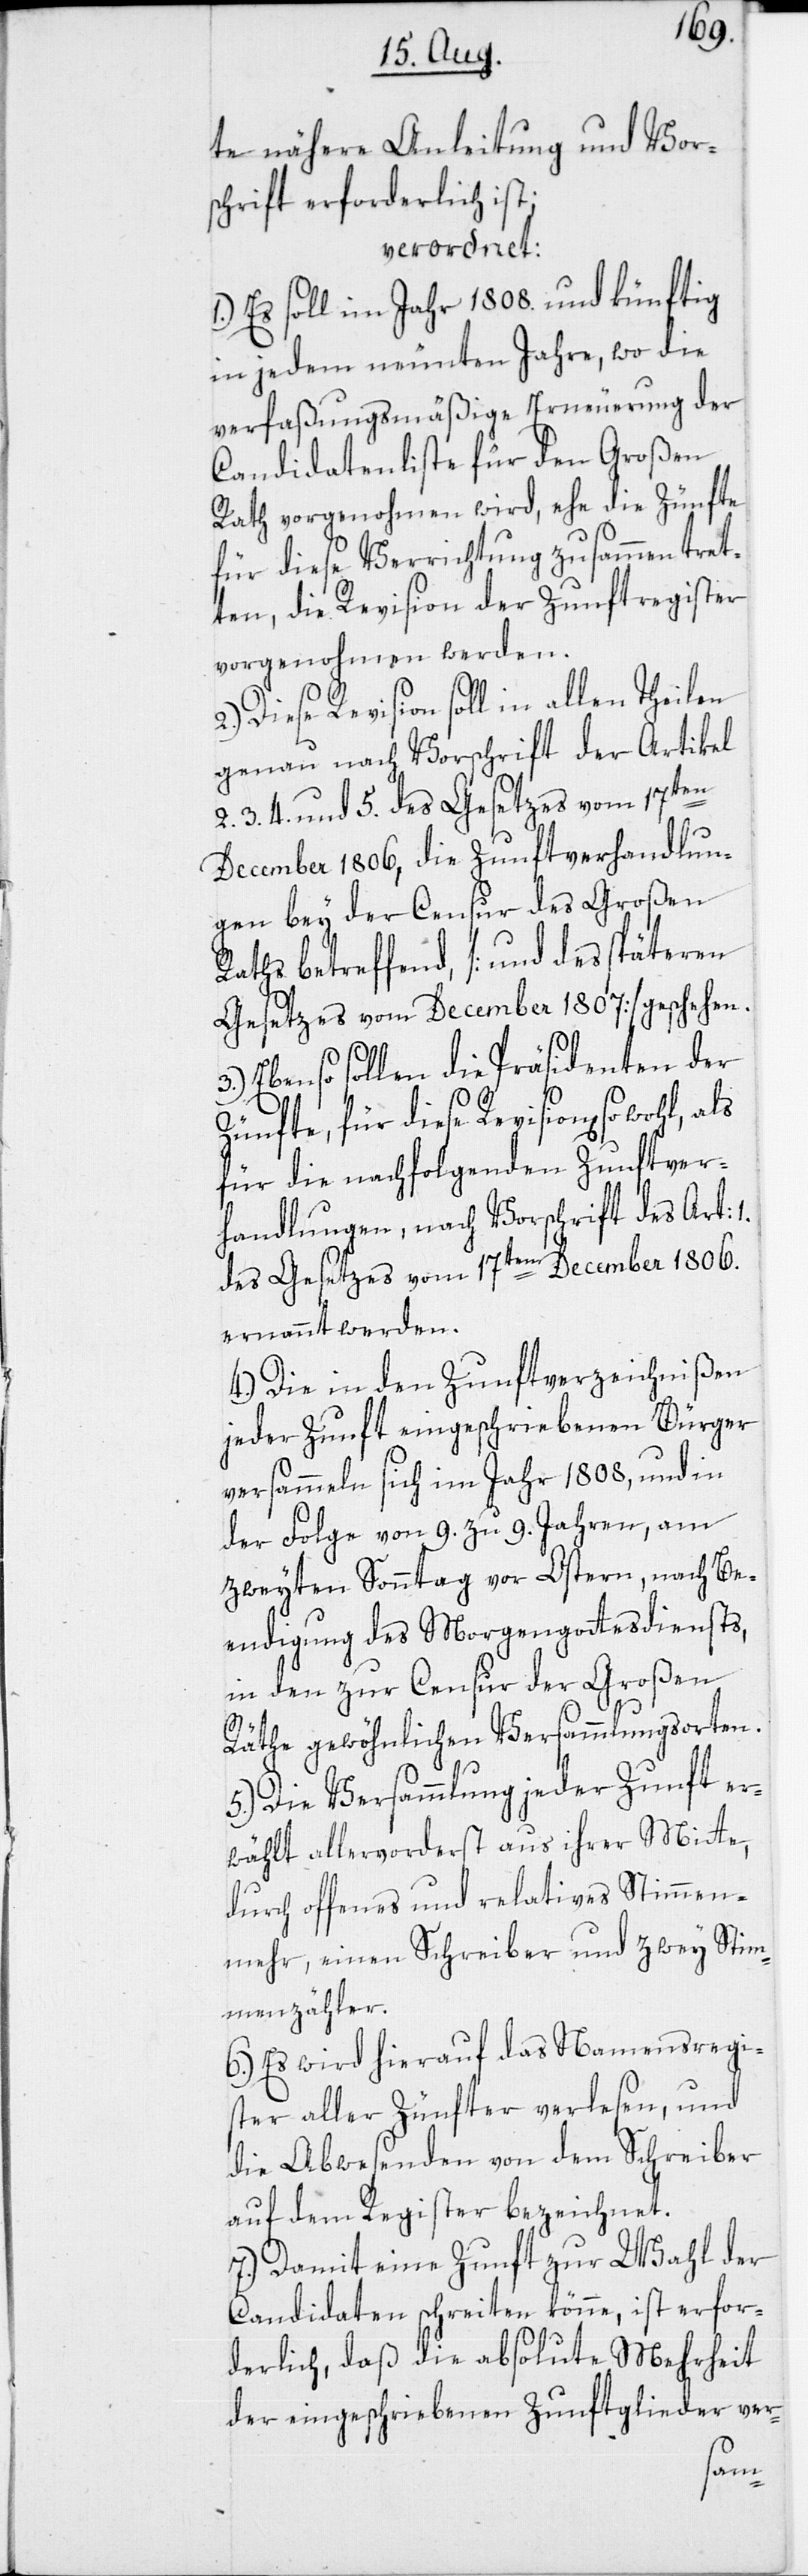
te nähere Anleitung und Vor¬
schrift erforderlich ist;
verordnet:
1.) Es soll im Jahr 1808. und künftig
in jedem neunten Jahre, wo die
verfaßungsmäßige Erneuerung der
Candidatenliste für den Großen
Rath vorgenohmen wird, ehe die Zünfte
1.
für diese Verrichtung zusammen tret¬
ten, die Revision der Zunftregister
vorgenohmen werden.
2.) Diese Revision soll in allen Theilen
genau nach Vorschrift der Artikel
3.[,] 4. und 5. des Gesetzes vom 17ten
December 1806, die Zunftverhandlun¬
gen bey der Censur des Großen
Raths betreffend, [und des späteren
Gesetzes vom December 1807] geschehen.
3.)
Ebenso sollen die Präsidenten der
Zünfte, für diese Revision[en]
für die nachfolgenden Zunftver¬
handlungen, nach Vorschrift des Art:
des Gesetzes vom 17ten December 1806.
ernannt werden.
4.) Die in den Zunftverzeichnißen
jeder Zunft eingeschriebenen Bürger
versammeln sich im Jahr 1808, und in
der Folge von 9. zu 9. Jahren, am
zweyten Sonntag vor Ostern, nach Be¬
endigung des Morgengottesdiensts,
in den zur Censur der Großen
Räthe gewöhnlichen Versammlungsorten.
5.) Die Versammlung jeder Zunft er¬
wählt allervorderst aus ihrer Mitte,
durch offenes und relatives Stimmen¬
mehr, einen Schreiber und zwey Stim¬
menzähler.
6.) Es wird hierauf das Namensregi¬
ster aller Zünfter verlesen, und
die Abwesenden von dem Schreiber
auf dem Register bezeichnet.
7.) Damit eine Zunft zur Wahl der
Candidaten schreiten könne, ist erfor¬
derlich, daß die absolute Mehrheit
der eingeschriebenen Zunftglieder ver-